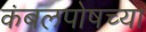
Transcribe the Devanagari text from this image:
कंबलपोषच्या